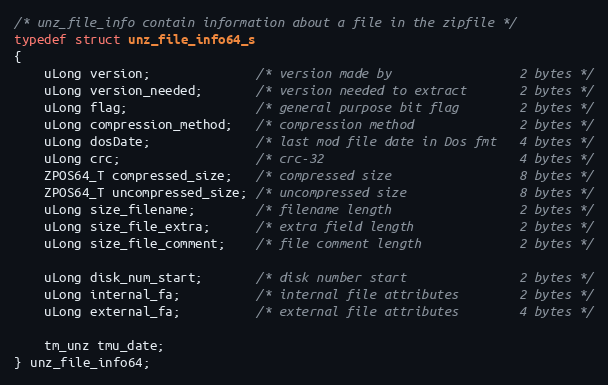
Language: C
/* unz_file_info contain information about a file in the zipfile */
typedef struct unz_file_info64_s
{
    uLong version;              /* version made by                 2 bytes */
    uLong version_needed;       /* version needed to extract       2 bytes */
    uLong flag;                 /* general purpose bit flag        2 bytes */
    uLong compression_method;   /* compression method              2 bytes */
    uLong dosDate;              /* last mod file date in Dos fmt   4 bytes */
    uLong crc;                  /* crc-32                          4 bytes */
    ZPOS64_T compressed_size;   /* compressed size                 8 bytes */
    ZPOS64_T uncompressed_size; /* uncompressed size               8 bytes */
    uLong size_filename;        /* filename length                 2 bytes */
    uLong size_file_extra;      /* extra field length              2 bytes */
    uLong size_file_comment;    /* file comment length             2 bytes */

    uLong disk_num_start;       /* disk number start               2 bytes */
    uLong internal_fa;          /* internal file attributes        2 bytes */
    uLong external_fa;          /* external file attributes        4 bytes */

    tm_unz tmu_date;
} unz_file_info64;